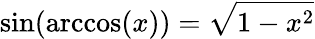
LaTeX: \sin(\operatorname{arccos}(x))={\sqrt{1-x^{2}}}